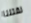
لقتلنا